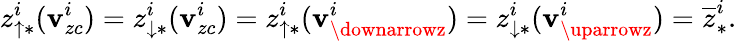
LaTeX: z_{\uparrow\ast}^{i}(\mathbf{v}_{zc}^{i})=z_{\downarrow\ast}^{i}(\mathbf{v}_{zc}^{i})=z_{\uparrow\ast}^{i}(\mathbf{v}_{\downarrowz}^{i})=z_{\downarrow\ast}^{i}(\mathbf{v}_{\uparrowz}^{i})=\overline{{{z}}}_{\ast}^{i}.